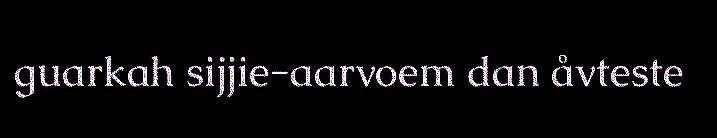
guarkah sijjie-aarvoem dan åvteste